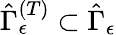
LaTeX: \hat{\Gamma}_{\epsilon}^{\left(T\right)}\subset\hat{\Gamma}_{\epsilon}